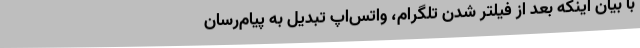
با بیان اینکه بعد از فیلتر شدن تلگرام، واتس‌اپ تبدیل به پیام‌رسان